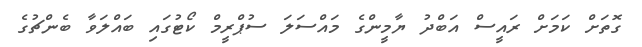
ގޮތަށް ކަމަށް ރައީސް އަބްދު ޔާމީންގެ މައްސަލަ ސުޕްރީމް ކޯޓުގައި ބައްލަވާ ބެންޗުގެ